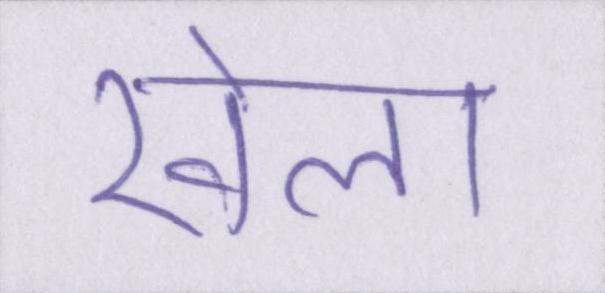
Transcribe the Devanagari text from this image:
खेला